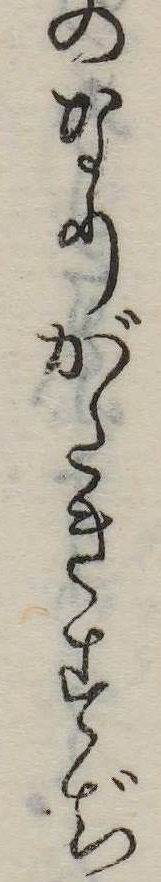
のなりがたきすぢ